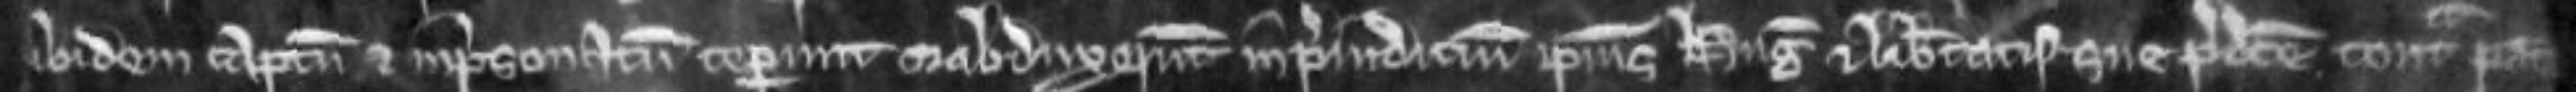
ibidem captum et inprisonatum ceperunt et abduxerunt in prejudicium ipsius Hugonis et libertatis sue predicte contra pacem